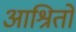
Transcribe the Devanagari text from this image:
आश्रितो